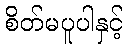
စိတ်မပူပါနှင့်